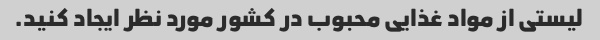
لیستی از مواد غذایی محبوب در کشور مورد نظر ایجاد کنید.